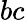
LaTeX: bc